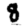
Digit: 8